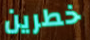
خطرين